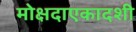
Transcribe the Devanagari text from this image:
मोक्षदाएकादशी